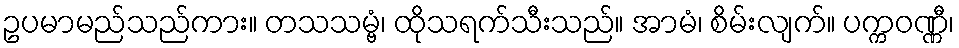
ဥပမာမည်သည်ကား။ တသသမ္ဗံ၊ ထိုသရက်သီးသည်။ အာမံ၊ စိမ်းလျက်။ ပက္ကဝဏ္ဏီ၊